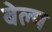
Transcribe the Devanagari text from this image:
बेल्प